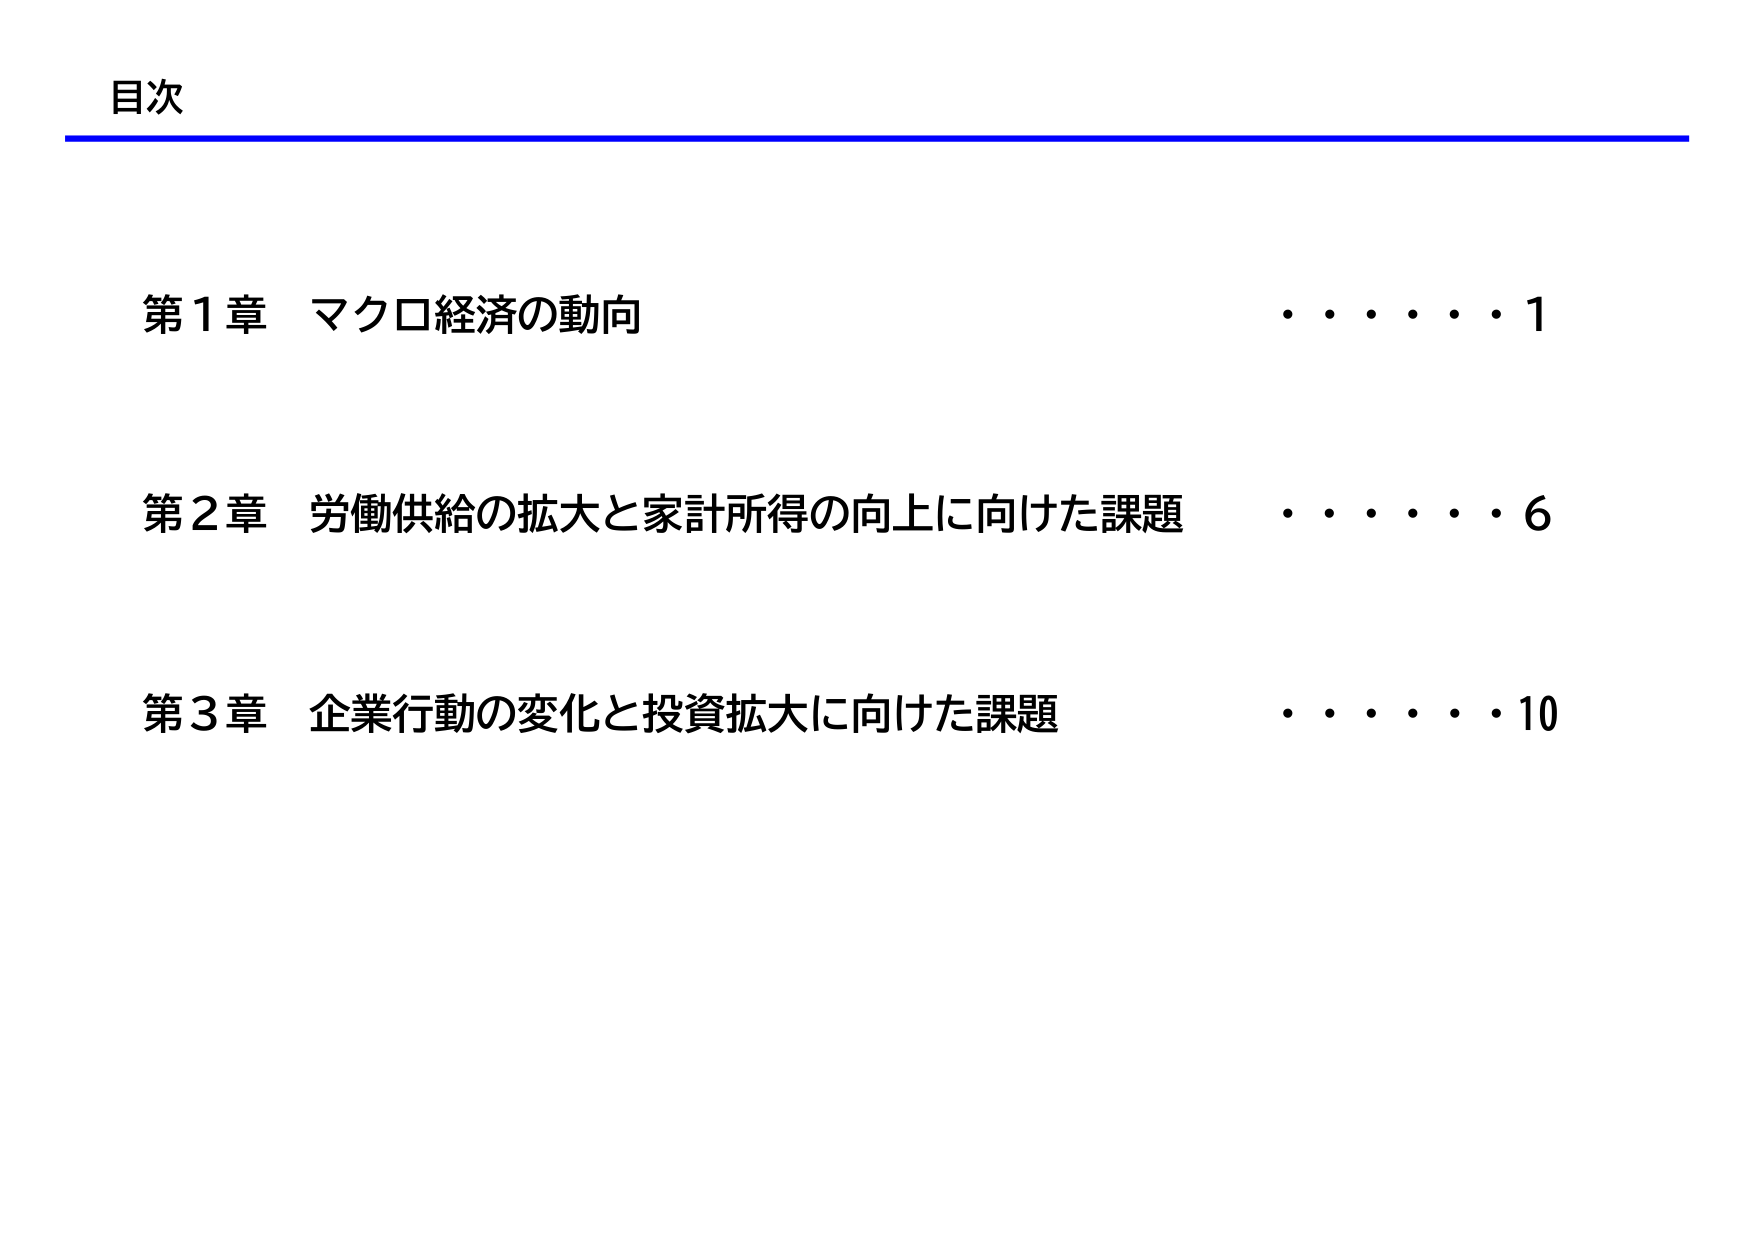
目次

第1章 マクロ経済の動向 ・・・・・・1

第2章 労働供給の拡大と家計所得の向上に向けた課題 ・・・・・・6

第3章 企業行動の変化と投資拡大に向けた課題 ・・・・・・10